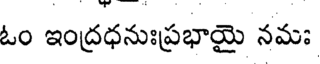
ఓం ఇంద్రధనుఃప్రభాయై నమః